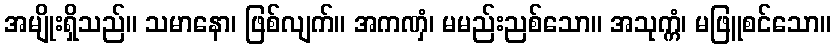
အမျိုးရှိသည်။ သမာနော၊ ဖြစ်လျက်။ အကဏှံ၊ မမည်းညစ်သော။ အသုက္ကံ၊ မဖြူစင်သော။